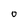
Character: 0